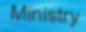
Ministry